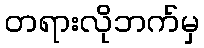
တရားလိုဘက်မှ